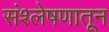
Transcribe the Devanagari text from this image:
संश्लेषणातून